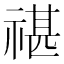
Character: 𥚮